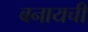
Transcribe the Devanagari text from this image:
बनायची